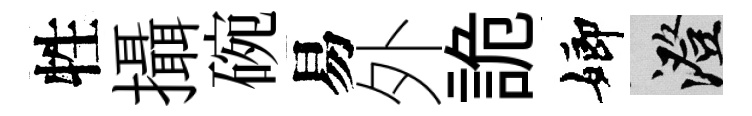
牲攝碗易外詭嫏澄